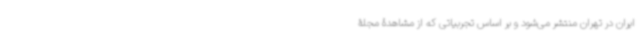
ایران در تهران منتشر می‌شود و بر اساس تجربیاتی که از مشاهدۀ مجلۀ